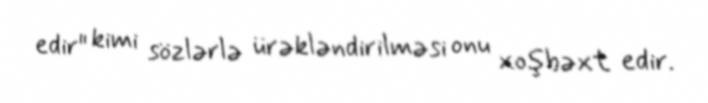
edir" kimi sözlərlə ürəkləndirilməsi onu xoşbəxt edir.